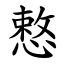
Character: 慗